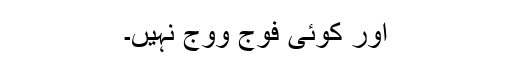
اور کوئی فوج ووج نہیں۔